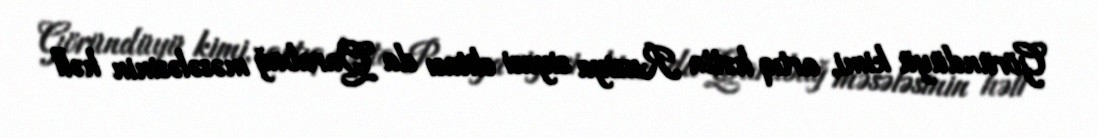
Göründüyü kimi, artıq hətta Rusiya siyasi elitası da Qarabağ məsələsinin həll